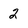
Character: 2